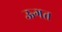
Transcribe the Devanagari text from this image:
ऊगत